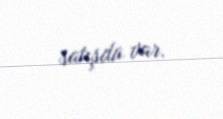
satışda var.